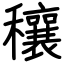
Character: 穰